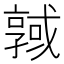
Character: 𢨊